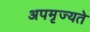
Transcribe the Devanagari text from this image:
अपमृज्यते